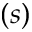
( s )